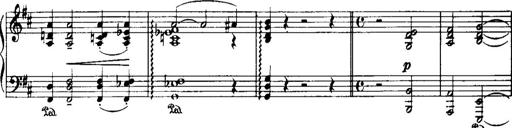
Title: Historische ungarische Bildnisse
Composer: Franz Liszt